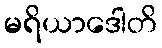
မရိယာဒေါတိ